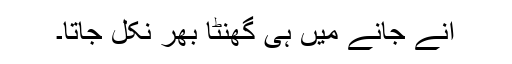
آنے جانے میں ہی گھنٹا بھر نکل جاتا۔